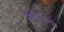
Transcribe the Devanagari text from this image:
मोरिस्मो